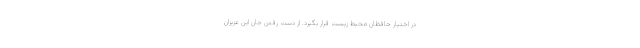
در اختیار حافظان محیط زیست قرار بگیرد. از دست رفتن جان این عزیزان